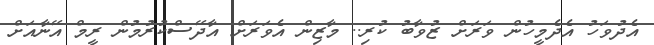
އެދުވަހު އެދެމީހުން ވަރަށް ޒުވާބު ކުރި.. މާޒިން އެވަރަށް އާދޭސްކުރުމުން ރީމް އޭނާއަށް